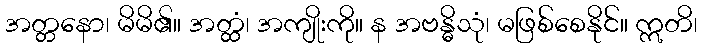
အတ္တနော၊ မိမိ၏။ အတ္ထံ၊ အကျိုးကို။ န အဗန္ဓိသုံ၊ မဖြစ်စေနိုင်။ ဣတိ၊